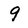
Character: 9